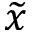
\widetilde { x }